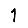
Digit: 1